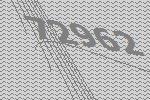
72962